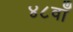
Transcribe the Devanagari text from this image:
४८वाँ